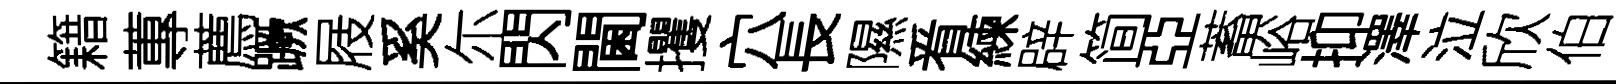
籍蓴薦蹶屐奚尓閃閫攫穴長隰㸔練辟简亞蓄峪抑澤泣欣伯